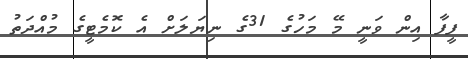
ފީފާ އިން ވަނީ މޭ މަހުގެ 31ގެ ނިޔަލަށް އެ ކޮމެޓީގެ މުއްދަތު